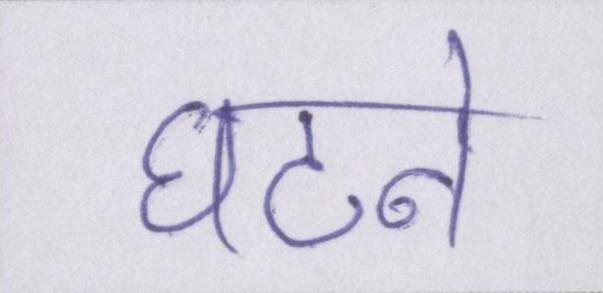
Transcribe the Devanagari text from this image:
घटने